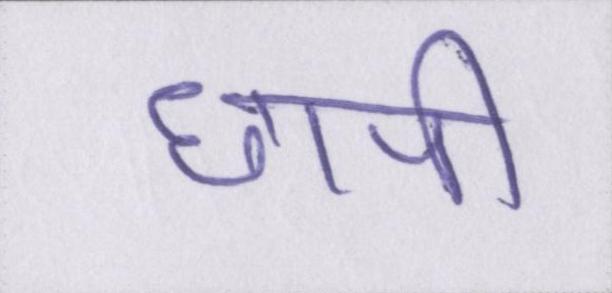
छापी